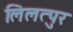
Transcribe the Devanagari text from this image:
लिलत्पुर